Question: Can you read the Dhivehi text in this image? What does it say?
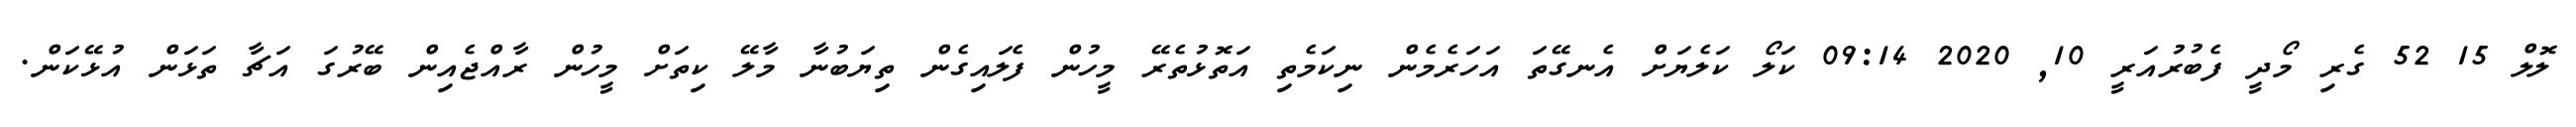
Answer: ލޮލް 15 52 ގެރި މޯދީ ފެބުރުއަރީ 10, 2020 09:14 ކަލޯ ކަލެޔަށް އެނގޭތަ އަހަރެމެން ނިކަމެތި އަތޮޅުތެރޭ މީހުން ފެލައިގެން ތިޔަބުނާ މާލޭ ކިތަށް މީހުން ރާއްޖެއިން ބޭރުގަ އަޗާ ތަޅަން އުޅޭކަން.